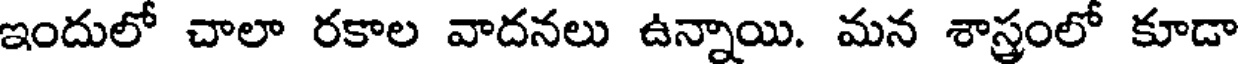
ఇందులో చాలా రకాల వాదనలు ఉన్నాయి. మన శాస్త్రంలో కూడా